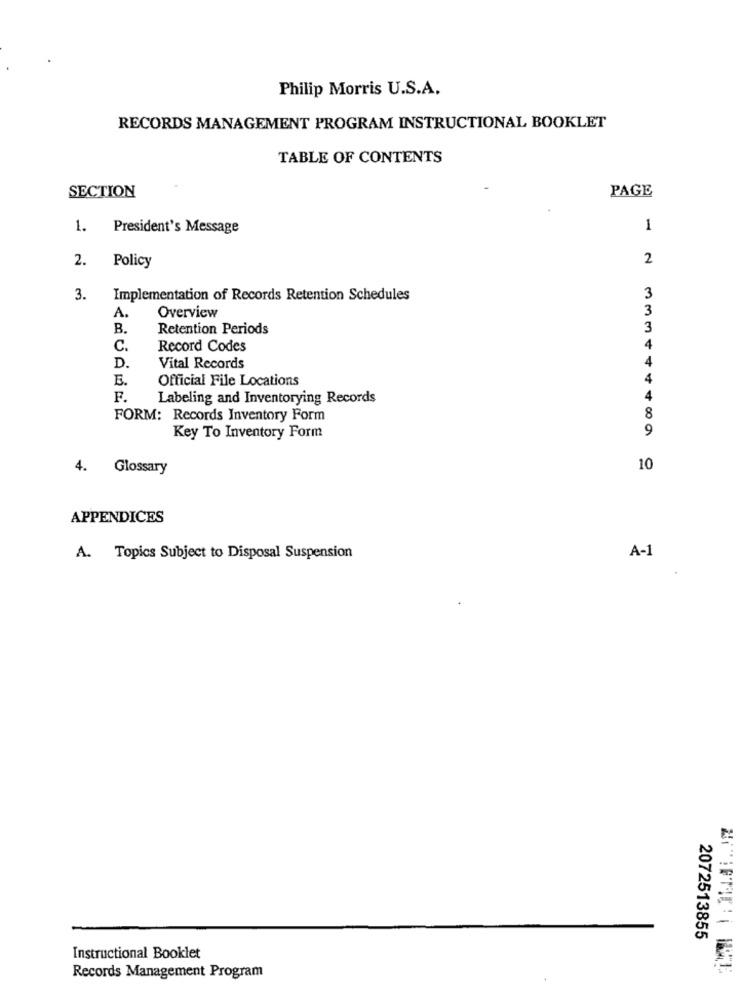
Philip Morris U.S.A.
RECORDS MANAGEMENT PROGRAM INSTRUCTIONAL BOOKLET
TABLE OF CONTENTS
SECTION
PAGE
1.
President's Message
1
2
2.
Policy
3.
Implementation of Records Retention Schedules
3
3
A.
Overview
B.
Retention Periods
3
C.
Record Codes
D.
Vital Records
E.
Official File Locations
F.
Labeling and Inventorying Records
FORM: Records Inventory Form
8
9
Key To Inventory Form
44489
4. Glossary
10
APPENDICES
A. Topics Subject to Disposal Suspension
A-1
2072513855
Instructional Booklet
Records Management Program